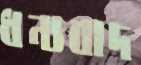
ধন্যবাদ